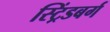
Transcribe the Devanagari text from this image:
स्ट्रिंडबर्ग